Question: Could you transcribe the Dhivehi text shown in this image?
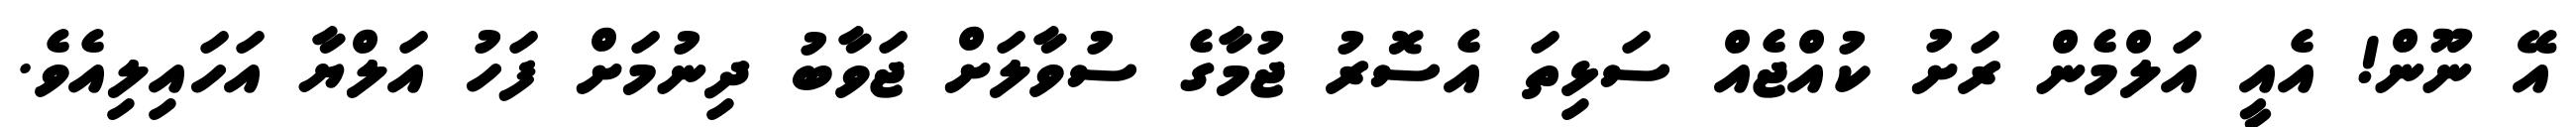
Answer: އޭ ނޫން! އެއީ އަލްމެން ރަށު ކުއްޖެއް ސަޅިތަ އެސޮރު ޖުމާގެ ސުވާލަށް ޖަވާބު ދިނުމަށް ފަހު އަލްޔާ އަހައިލިއެވެ.